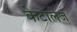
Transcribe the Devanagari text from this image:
केटालेज